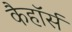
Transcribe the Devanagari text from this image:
कैहॉर्स